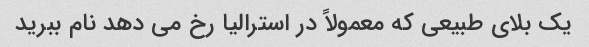
یک بلای طبیعی که معمولاً در استرالیا رخ می دهد نام ببرید